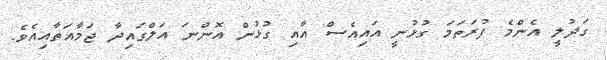
ގަދުލީ އެންމެ ފުރަތަމަ ގުޅުނީ އައިއެސް އާއި ގުޅުން އޮންނަ އަލްގައިދާ ޖަމާއަތާއިއެވެ.